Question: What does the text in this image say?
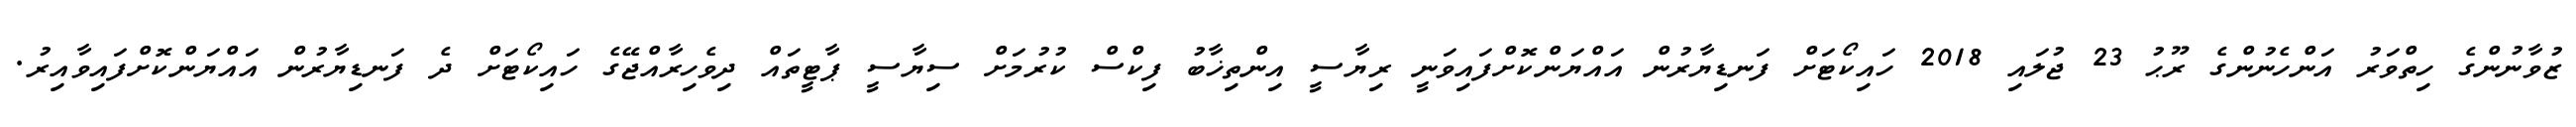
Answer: ޒުވާނުންގެ ހިތްވަރު އަންހެނުންގެ ރޫޙު 23 ޖުލައި 2018 ހައިކޯޓަށް ފަނޑިޔާރުން އައްޔަންކޮށްފައިވަނީ ރިޔާސީ އިންތިޚާބު ފިކްސް ކުރުމަށް ސިޔާސީ ޕާޓީތައް ދިވެހިރާއްޖޭގެ ހައިކޯޓަށް ދެ ފަނޑިޔާރުން އައްޔަންކޮށްފައިވާއިރު.